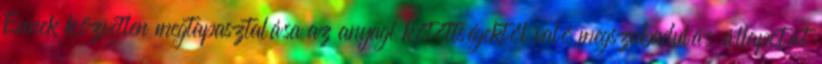
Ennek közvetlen megtapasztalása az anyagi kötöttségektől való megszabadulás állapotát